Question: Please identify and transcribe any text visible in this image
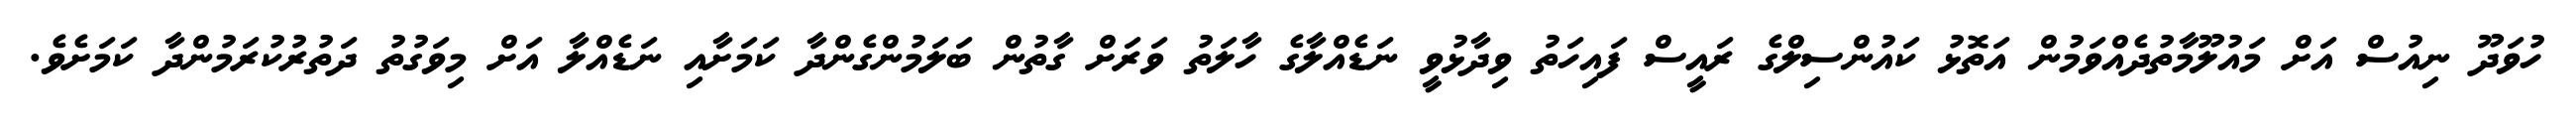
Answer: ހުވަދޫ ނިއުސް އަށް މައުލޫމާތުދެއްވަމުން އަތޮޅު ކައުންސިލްގެ ރައީސް ފައިހަތު ވިދާޅުވީ ނަޑެއްލާގެ ހާލަތު ވަރަށް ގާތުން ބަލަމުންގެންދާ ކަމަށާއި ނަޑެއްލާ އަށް މިވަގުތު ދަތުރުކުރަމުންދާ ކަމަށެވެ.